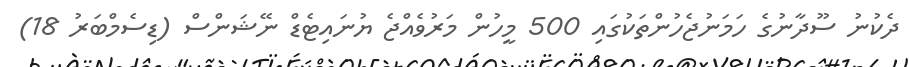
ދެކުނު ސޫދާނުގެ ހަމަނުޖެހުންތަކުގައި 500 މީހުން މަރުވެއްޖެ ޔުނައިޓެޑް ނޭޝަންސް (ޑިސެމްބަރު 18)